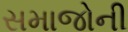
સમાજોની